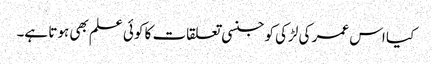
کیا اس عمر کی لڑکی کو جنسی تعلقات کا کوئی علم بھی ہوتا ہے۔